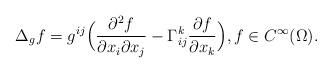
LaTeX: \begin{align*} \Delta_{g} f = g^{ij}\Bigl(\frac{\partial^2 f}{\partial x_i \partial x_j} - \Gamma^k_{ij}\frac{\partial f}{\partial x_k}\Bigr), f \in C^{\infty}(\Omega).\end{align*}